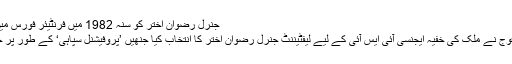
جنرل رضوان اختر کو سنہ 1982 میں فرنٹیئر فورس میں کمیشن ملا
پاکستان کی فوج نے ملک کی خفیہ ایجنسی آئی ایس آئی کے لیے لیفٹیننٹ جنرل رضوان اختر کا انتخاب کیا جنھیں ’پروفیشنل سپاہی‘ کے طور پر جانا جاتا ہے۔